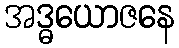
အဒ္ဓယောဇနေ